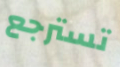
تسترجع